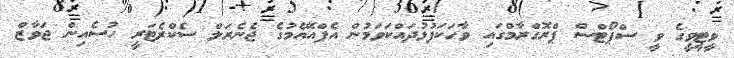
ވީޓީވީގެ ވީ ސްޕޯޓްސް ޕްރޮގްރާމްގައި ވާހަކަފުޅުދައްކަވަމުން އެފްއޭއެމުގެ ޖެނެރަލް ސެކްރެޓަރީ ހުސެއިން ޖަވާޒް